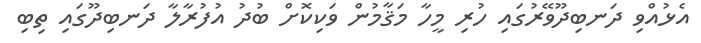
އެޅުއްވި ދަނބިދޫވޭރުގައި ހުރި މީހާ މަޤާމުން ވަކިކޮށް ބުދު އުފުރާލާ ދަނބިދޫގައި ތިބި